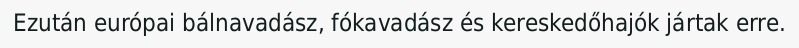
Ezután európai bálnavadász, fókavadász és kereskedőhajók jártak erre.